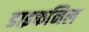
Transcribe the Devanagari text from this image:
डाइफनिल